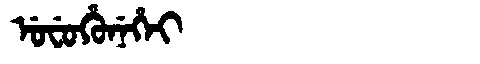
Manchu: ᡠᠸᡠᡥᡠᠨᡝᡥᡝᡳ
Romanization: UFUHUNEHEI